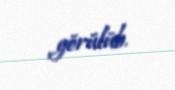
görülüb.